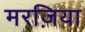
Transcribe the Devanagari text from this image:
मरज़िया